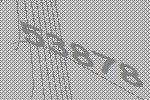
53878